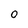
Character: 0